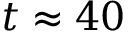
t \approx 4 0